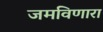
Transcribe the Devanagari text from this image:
जमविणारा